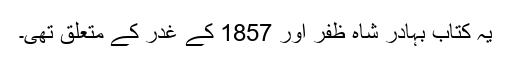
یہ کتاب بہادر شاہ ظفر اور 1857 کے غدر کے متعلق تھی۔